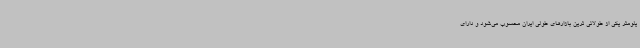
یلومتر یکی از طولانی ترین بازارهای طولی ایران محسوب می‌شود و دارای